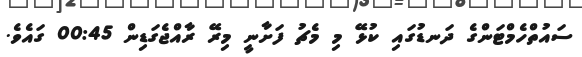
ސައުތްހެމްޓަންގެ ދަނޑުގައި ކުޅޭ މި މެޗު ފަށާނީ މިރޭ ރާއްޖެގަޑިން 00:45 ގައެވެ.